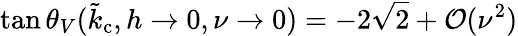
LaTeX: \tan\theta_{V}(\tilde{k}_{\mathrm{c}},h\rightarrow 0,\nu\rightarrow 0)=-2\sqrt{2}+\mathcal{O}(\nu^{2})